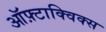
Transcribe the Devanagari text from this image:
ऑफ़्टाक्विक्स